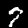
Label: 7